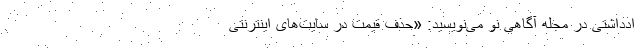
ادداشتی در مجله آگاهی نو می‌نویسید: «حذف قیمت در سایت‌های اینترنتی